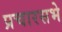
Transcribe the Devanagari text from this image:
प्रचारसभे